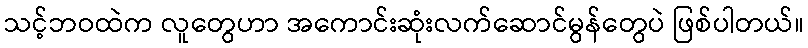
သင့်ဘဝထဲက လူတွေဟာ အကောင်းဆုံးလက်ဆောင်မွန်တွေပဲ ဖြစ်ပါတယ်။